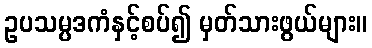
ဥပသမ္ပဒကံနှင့်စပ်၍ မှတ်သားဖွယ်များ။